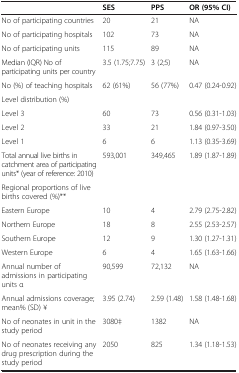
<table><thead><tr><td><b> </b></td><td><b>SES</b></td><td><b>PPS</b></td><td><b>OR (95% CI)</b></td></tr></thead><tbody><tr><td>No of participating countries</td><td>20</td><td>21</td><td>NA</td></tr><tr><td>No of participating hospitals</td><td>102</td><td>73</td><td>NA</td></tr><tr><td>No of participating units</td><td>115</td><td>89</td><td>NA</td></tr><tr><td>Median (IQR) No of participating units per country</td><td>3.5 (1.75;7.75)</td><td>3 (2;5)</td><td>NA</td></tr><tr><td>No (%) of teaching hospitals</td><td>62 (61%)</td><td>56 (77%)</td><td>0.47 (0.24-0.92)</td></tr><tr><td>Level distribution (%)</td><td> </td><td> </td><td> </td></tr><tr><td>Level 3</td><td>60</td><td>73</td><td>0.56 (0.31-1.03)</td></tr><tr><td>Level 2</td><td>33</td><td>21</td><td>1.84 (0.97-3.50)</td></tr><tr><td>Level 1</td><td>6</td><td>6</td><td>1.13 (0.35-3.69)</td></tr><tr><td>Total annual live births in catchment area of participating units* (year of reference: 2010)</td><td>593,001</td><td>349,465</td><td>1.89 (1.87-1.89)</td></tr><tr><td>Regional proportions of live births covered (%)**</td><td> </td><td> </td><td> </td></tr><tr><td>Eastern Europe</td><td>10</td><td>4</td><td>2.79 (2.75-2.82)</td></tr><tr><td>Northern Europe</td><td>18</td><td>8</td><td>2.55 (2.53-2.57)</td></tr><tr><td>Southern Europe</td><td>12</td><td>9</td><td>1.30 (1.27-1.31)</td></tr><tr><td>Western Europe</td><td>6</td><td>4</td><td>1.65 (1.63-1.66)</td></tr><tr><td>Annual number of admissions in participating units α</td><td>90,599</td><td>72,132</td><td>NA</td></tr><tr><td>Annual admissions coverage; mean% (SD) ¥</td><td>3.95 (2.74)</td><td>2.59 (1.48)</td><td>1.58 (1.48-1.68)</td></tr><tr><td>No of neonates in unit in the study period</td><td>3080‡</td><td>1382</td><td>NA</td></tr><tr><td>No of neonates receiving any drug prescription during the study period</td><td>2050</td><td>825</td><td>1.34 (1.18-1.53)</td></tr></tbody></table>